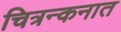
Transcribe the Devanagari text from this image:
चित्रन्कनात